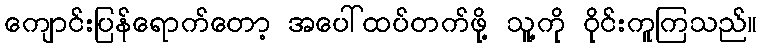
ကျောင်းပြန်ရောက်တော့ အပေါ်ထပ်တက်ဖို့ သူ့ကို ဝိုင်းကူကြသည်။